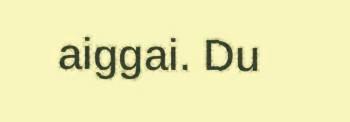
aiggai. Du